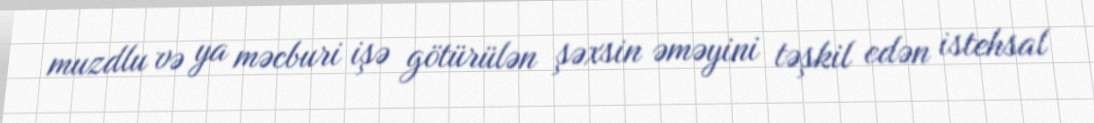
muzdlu və ya məcburi işə götürülən şəxsin əməyini təşkil edən istehsal